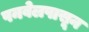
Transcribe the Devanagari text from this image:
पनवेलपासून